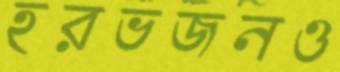
হরভজনও